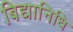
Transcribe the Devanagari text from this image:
बिद्यानिधि